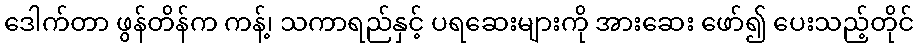
ဒေါက်တာ ဖွန်တိန်က ကန့်၊ သကာရည်နှင့် ပရဆေးများကို အားဆေး ဖော်၍ ပေးသည့်တိုင်